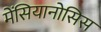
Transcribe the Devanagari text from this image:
मेंसियानोसिस